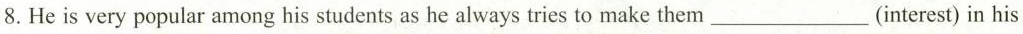
8. He is very popular among his students as he always tries to make them ___ (interest) in his